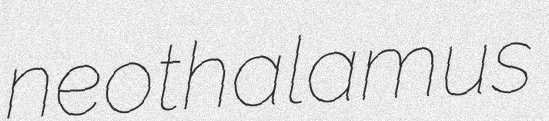
neothalamus